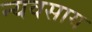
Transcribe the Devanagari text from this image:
न्यवसाय